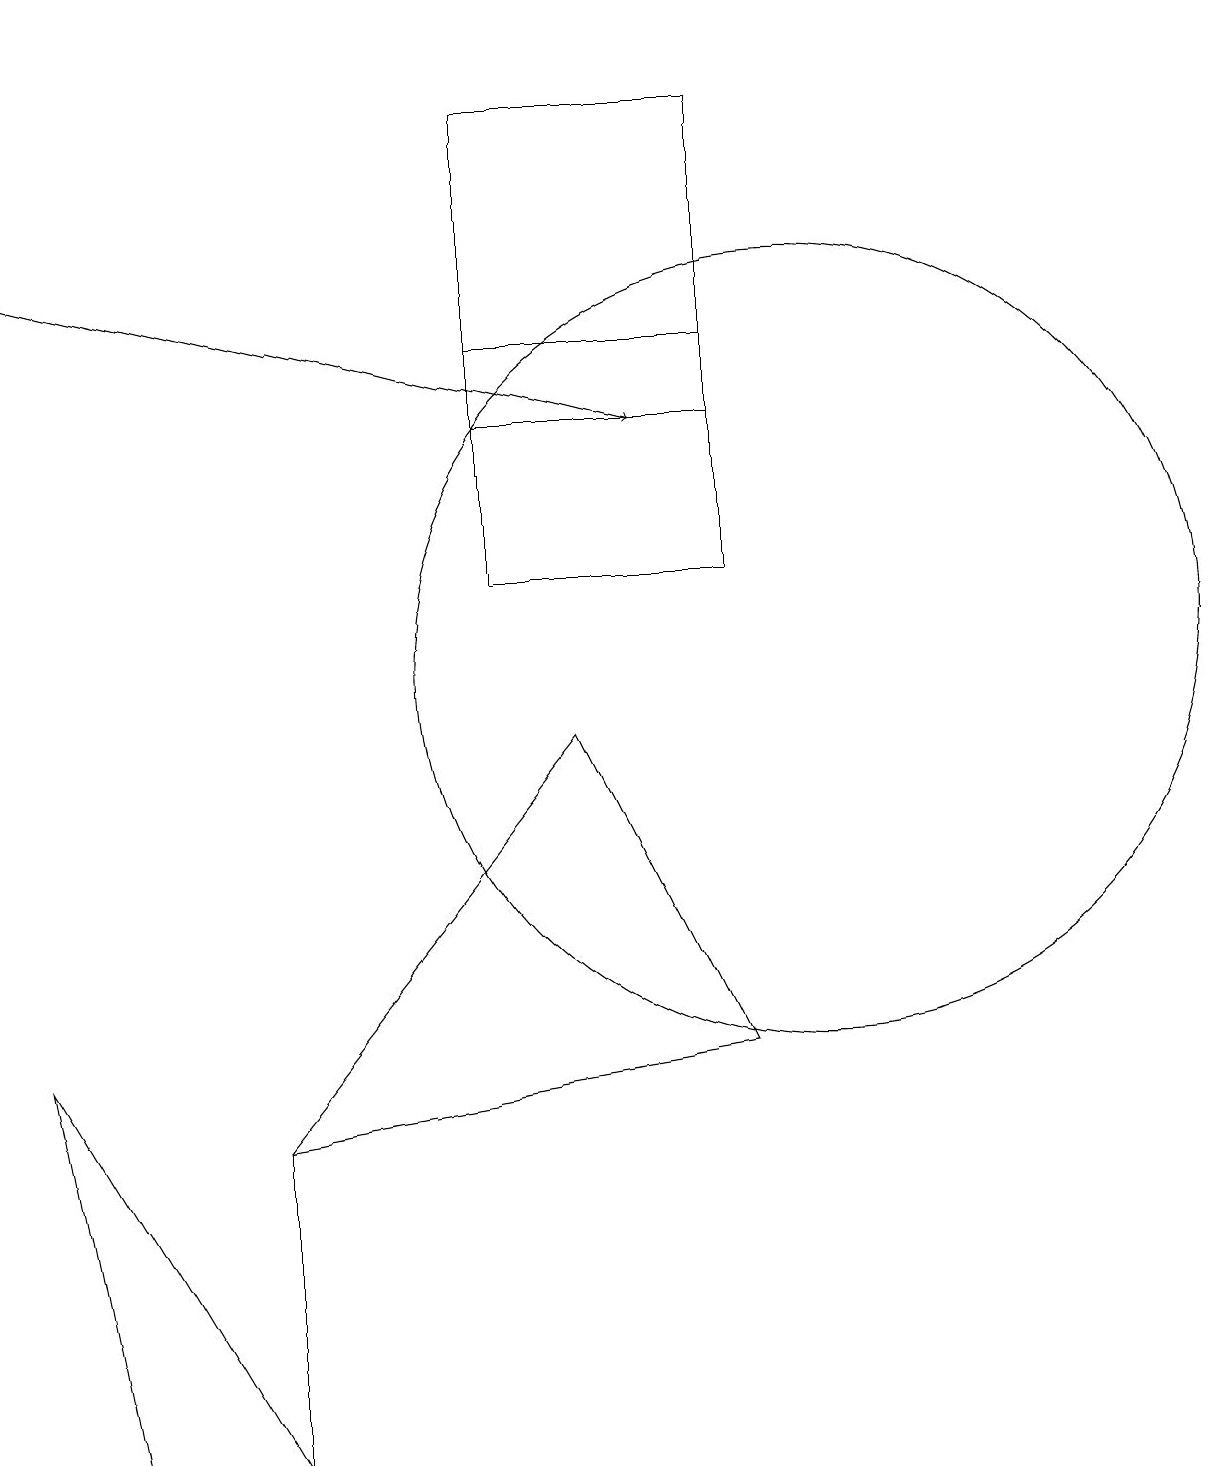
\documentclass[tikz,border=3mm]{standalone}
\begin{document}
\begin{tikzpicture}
\draw (6,14) rectangle (9,11);
\draw (6,17) rectangle (9,13);
\draw (1,0) -- (0,5) -- (3,0) -- cycle;
\draw[->] (0,15) -- (8,13);
\draw (3,18) rectangle (3,18);
\draw (7,9) -- (3,4) -- (9,5) -- cycle;
\draw (3,4) -- (3,0) -- (3,0) -- cycle;
\draw (10,10) circle (5);
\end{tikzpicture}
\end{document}